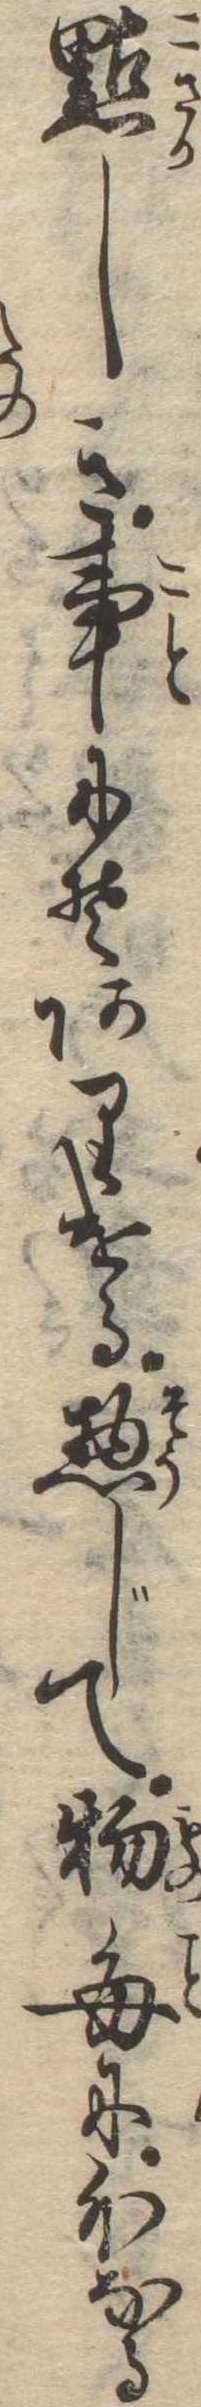
黠しき事にそありける惣じて物毎に外なる